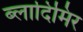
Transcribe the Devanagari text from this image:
ब्लादिमिर